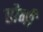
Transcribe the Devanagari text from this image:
तोभी